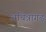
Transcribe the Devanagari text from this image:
अचित्रागढ़